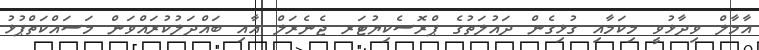
އާމާލް ވިދާޅުވީ މިކަމާއި ގުޅިގެން ދައުލަތުގެ ޕްރޮސެކިޔުޓަރ ޖެނެރަލް އާއި ބައްދަލުކުރައްވަން މަސައްކަތްޕުޅު